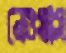
নেওয়াস